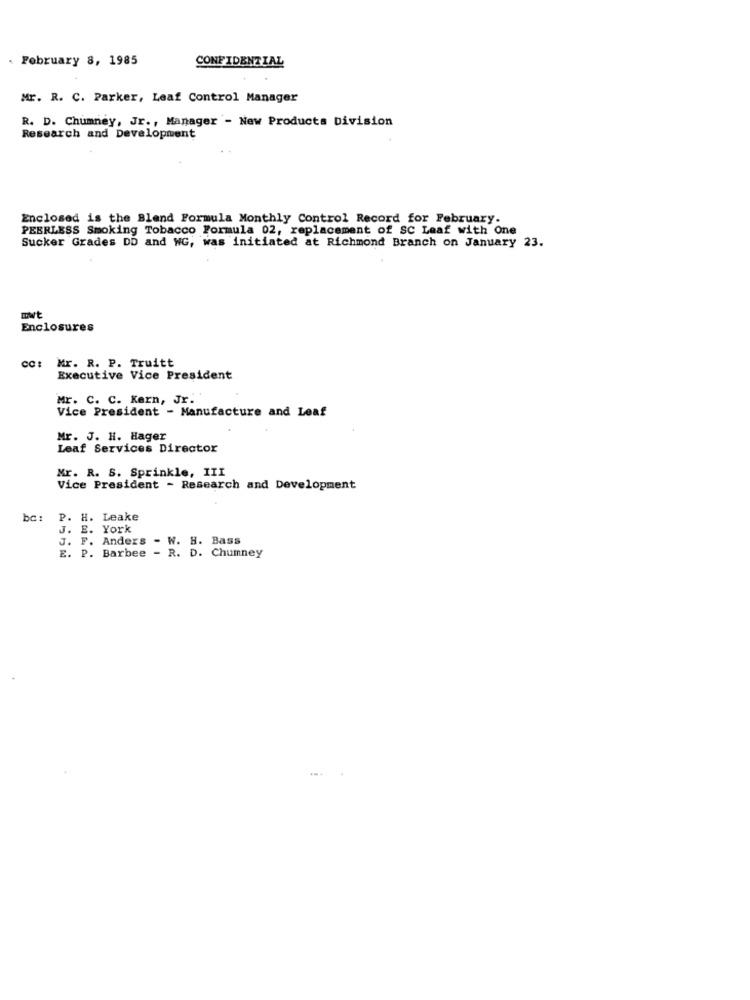
February 8, 1985
CONFIDENTIAL
Mr. R. C. Parker, Leaf Control Manager
R. D. Chumney, Jr ., Manager - New Products Division
Research and Development
Enclosed is the Blend Formula Monthly Control Record for February.
PEERLESS Smoking Tobacco Formula 02, replacement of SC Leaf with One
Sucker Grades DD and WG, was initiated at Richmond Branch on January 23.
mwt
Enclosures
Mr. R. P. Truitt
Executive Vice President
Mr. C. C. Kern, Jr.'
Vice President - Manufacture and Leaf
Mr. J. H. Hager
Leaf Services Director
Mr. R. S. Sprinkle, III
Vice President - Research and Development
bc:
P. H. Leake
J. E. York
J. F. Anders - W. H. Bass
E. P. Barbee - R. D. Chumney